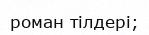
роман тілдері;